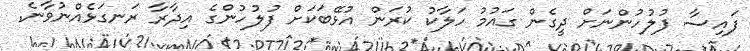
ފައިސާ ފުލުހުންނަށް ދީގެން ގައުމު ހަލާކު ކުރަން އުޅޭބަަކަށް ފުލުހުންގެ އިދާރާ ރަނގަޅެއްނުވާނެ